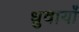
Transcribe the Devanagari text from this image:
ध्रुवायाँ